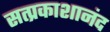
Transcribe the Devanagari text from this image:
सत्प्रकाशानंद